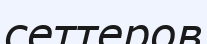
сеттеров